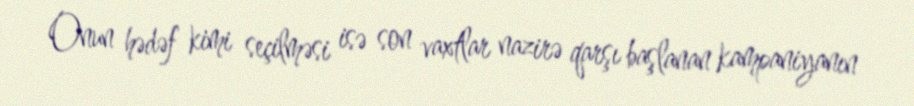
Onun hədəf kimi seçilməsi isə son vaxtlar nazirə qarşı başlanan kampaniyanın